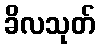
ခိလသုတ်